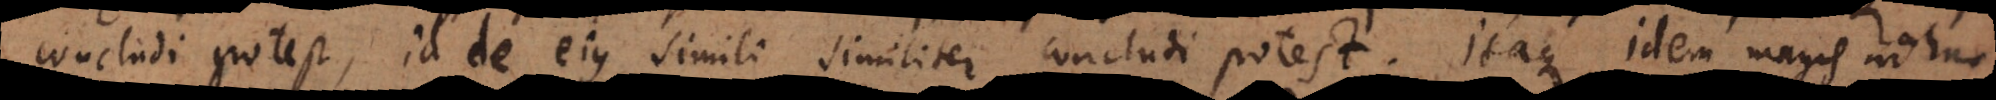
concludi potest, id de ejus simili similiter concludi potest. Itaque idem magis adhuc